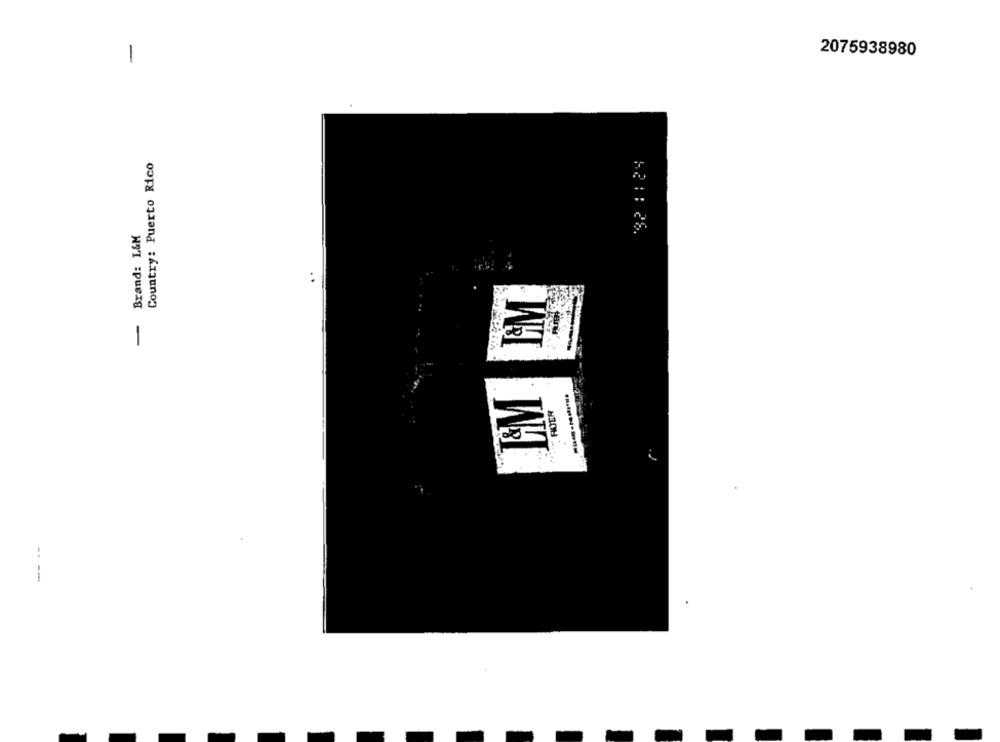
2075938980
-
Country: Puerto Rico
Brand: L&M
621: 28.
GM
-
T&M
RUTA
----